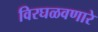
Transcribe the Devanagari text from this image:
विरघळवणारे